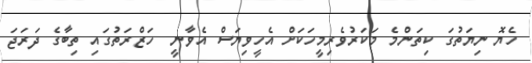
ހެޔޮ ނިޔަތުގަ ކިތަންމެ މަކަރުވެރިމީހަކަށް އެހީވިޔަސް އެވާނީ  ހަޒްރަތުގައި ތިބާގެ ދަރަޖަ